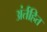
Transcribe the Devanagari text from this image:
अंर्तहित